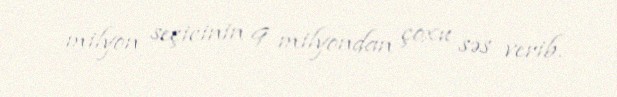
milyon seçicinin 9 milyondan çoxu səs verib.